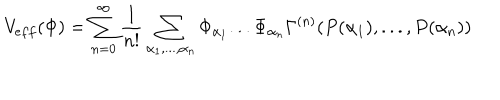
V _ { e f f } ( \Phi ) = \sum _ { n = 0 } ^ { \infty } \frac { 1 } { n ! } \sum _ { \alpha _ { 1 } , . . . , \alpha _ { n } } \Phi _ { \alpha _ { 1 } } . . . \Phi _ { \alpha _ { n } } \Gamma ^ { ( n ) } ( P ( \alpha _ { 1 } ) , . . . , P ( \alpha _ { n } ) )